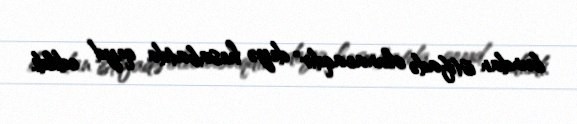
bundan istifadə olunacaqdır" deyə hesabatda qeyd edildi.